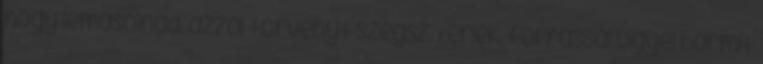
hogy lemásolnád, azzal törvényt szegsz. Kérlek, forrással vigyél bármit